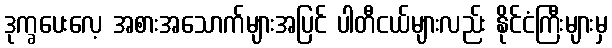
ဒုက္ခပေးလေ့ အစားအသောက်များအပြင် ပါတီငယ်များလည်း နိုင်ငံကြီးများမှ